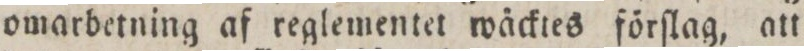
omarbetning af reglementet wäcktes förſlag, att